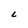
Character: L